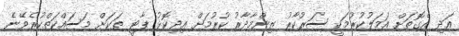
އަދި އެގޮތަށް އަމަލުކުރުމަކީ ސަރުކާރު ޒިންމާދާރު ކުރުމަށް އިދިކޮޅު ޕާޓީ ތަކަށް މަސައްކަތްކުރެވޭނެ